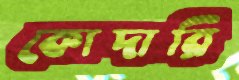
কোদারি